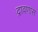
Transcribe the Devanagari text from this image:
द्रावणास